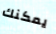
يمكنك